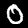
Digit: 0